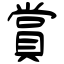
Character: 賞